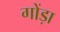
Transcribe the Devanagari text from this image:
गोंड़ा